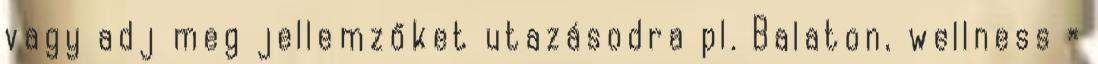
vagy adj meg jellemzőket utazásodra pl. Balaton, wellness ×